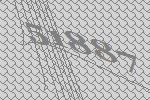
51887